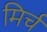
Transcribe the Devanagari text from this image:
मिर्च